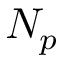
N _ { p }